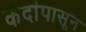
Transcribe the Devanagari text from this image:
कंदांपासून